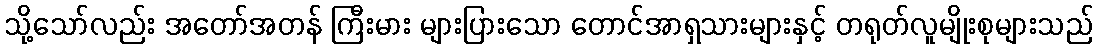
သို့သော်လည်း အတော်အတန် ကြီးမား များပြားသော တောင်အာရှသားများနှင့် တရုတ်လူမျိုးစုများသည်